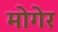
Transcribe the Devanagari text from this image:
मोगेर